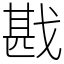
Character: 戡